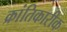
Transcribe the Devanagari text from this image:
क्रांतिकारीक